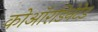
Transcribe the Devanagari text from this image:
कोऑरडिनेटेड